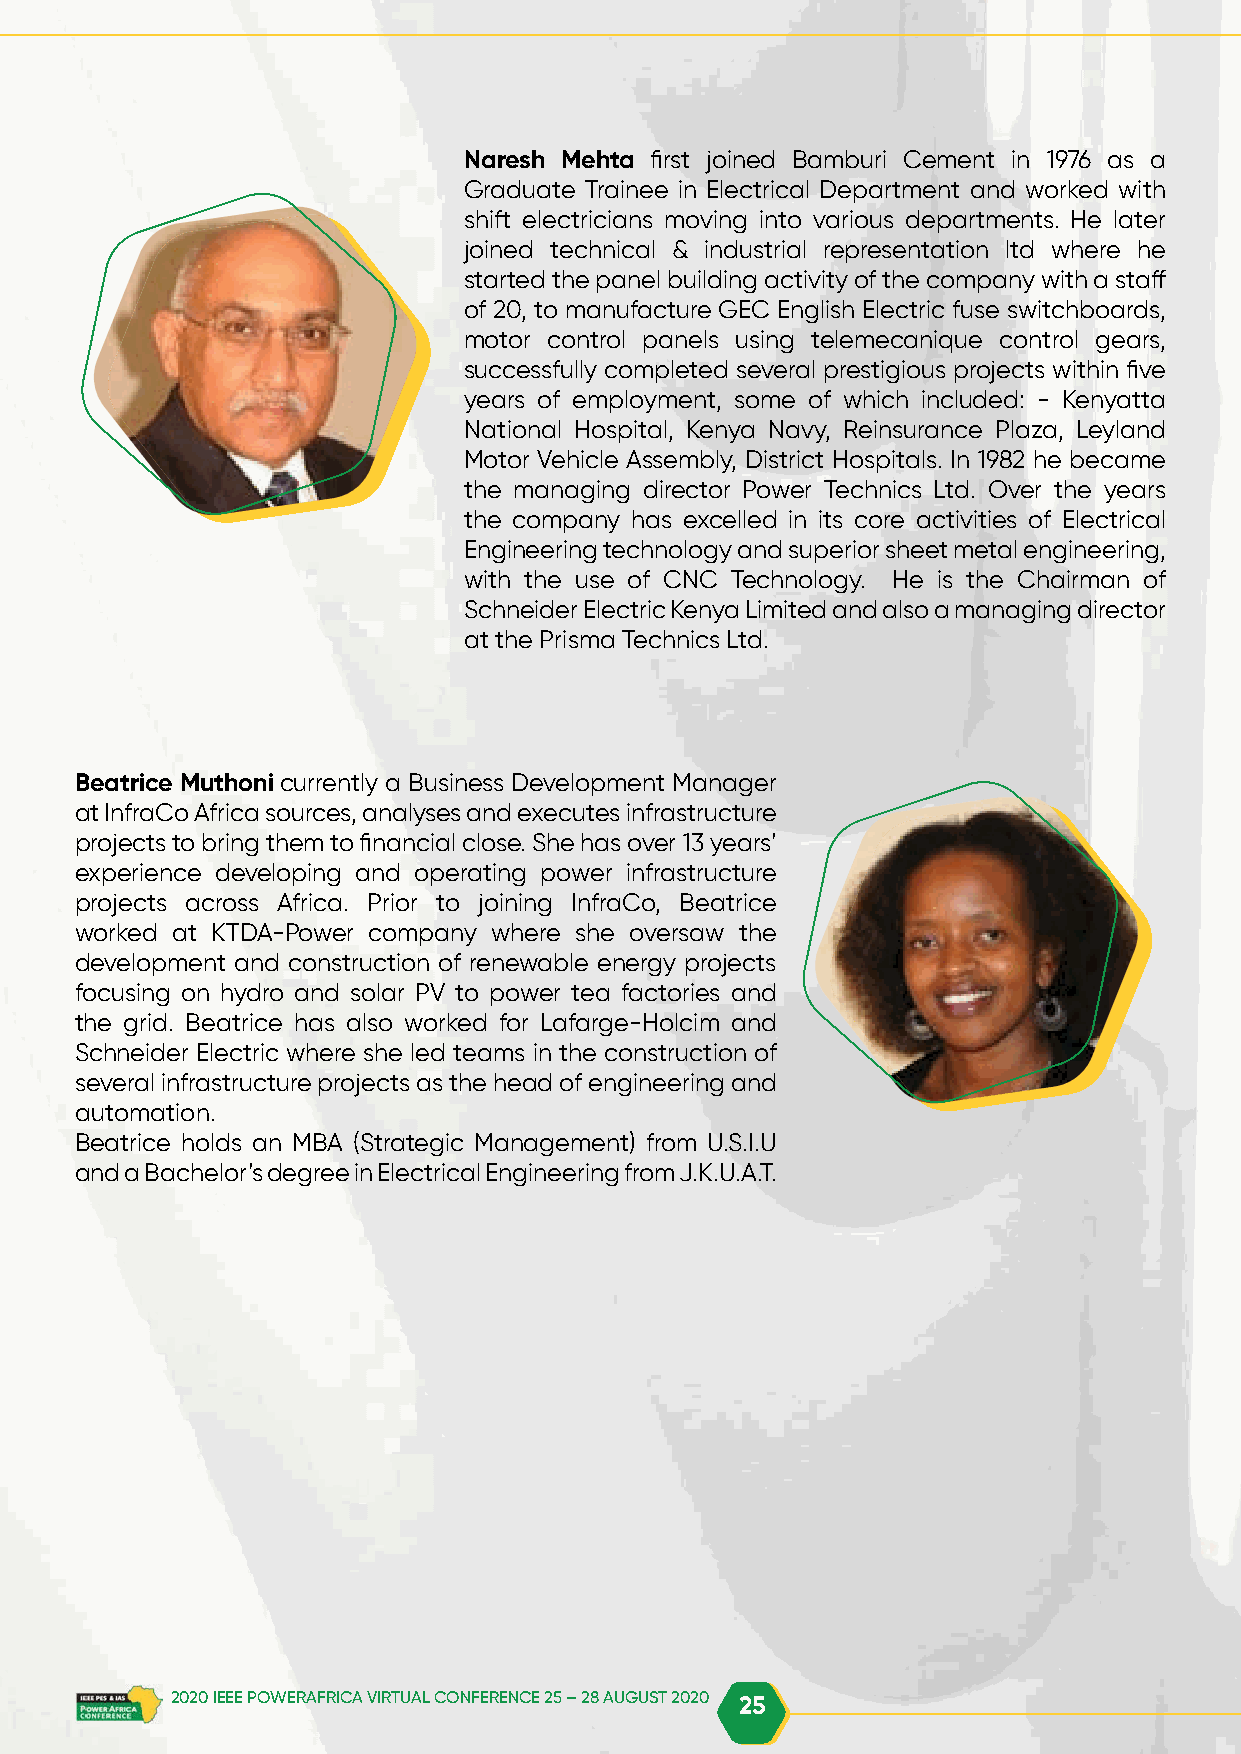
Naresh Mehta first joined Bamburi Cement in 1976 as a
 Graduate Trainee in Electrical Department and worked with
 shift electricians moving into various departments. He later
 joined technical & industrial representation ltd where he
 started the panel building activity of the company with a staff
 of 20, to manufacture GEC English Electric fuse switchboards,
 motor control panels using telemecanique control gears,
 successfully completed several prestigious projects within five
 years of employment, some of which included: - Kenyatta
 National Hospital, Kenya Navy, Reinsurance Plaza, Leyland
 Motor Vehicle Assembly, District Hospitals. In 1982 he became
 the managing director Power Technics Ltd. Over the years
 the company has excelled in its core activities of Electrical
 Engineering technology and superior sheet metal engineering,
 with the use of CNC Technology. He is the Chairman of
 Schneider Electric Kenya Limited and also a managing director
 at the Prisma Technics Ltd.
 Beatrice Muthoni currently a Business Development Manager
 at InfraCo Africa sources, analyses and executes infrastructure
 projects to bring them to financial close. She has over 13 years’
 experience developing and operating power infrastructure
 projects across Africa. Prior to joining InfraCo, Beatrice
 worked at KTDA-Power company where she oversaw the
 development and construction of renewable energy projects
 focusing on hydro and solar PV to power tea factories and
 the grid. Beatrice has also worked for Lafarge-Holcim and
 Schneider Electric where she led teams in the construction of
 several infrastructure projects as the head of engineering and
 automation.
 Beatrice holds an MBA (Strategic Management) from U.S.I.U
 and a Bachelor’s degree in Electrical Engineering from J.K.U.A.T.
 2020 IEEE POWERAFRICA VIRTUAL CONFERENCE 25 – 28 AUGUST 2020 25